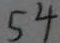
5 4